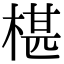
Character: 椹